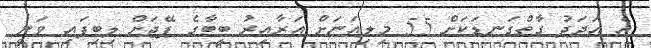
އެ އަަދަދު ގާތްގަނޑަކަށް 55 މިލިއަނަށް އަރާއިރު ބީބާގެ ޕޭޖަށް ލިބިފައި ވަނީ